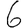
Digit: 6